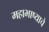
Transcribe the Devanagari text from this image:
महाभाष्याचे